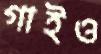
গাইও